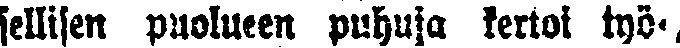
sellisen puolueen puhuja kertoi työ-